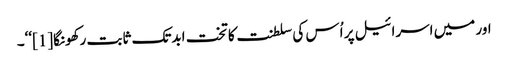
اور میں اسرائیل پر اُس کی سلطنت کا تخت ابدتک ثابت رکھونگا[1]‘‘۔